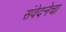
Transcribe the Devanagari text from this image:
संवेदनेचा